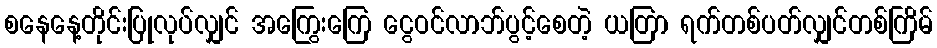
စနေနေ့တိုင်းပြုလုပ်လျှင် အကြွေးကြေ ငွေဝင်လာဘ်ပွင့်စေတဲ့ ယတြာ ရက်တစ်ပတ်လျှင်တစ်ကြိမ်